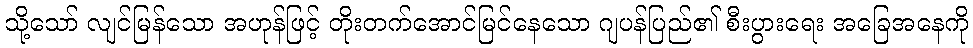
သို့သော် လျင်မြန်သော အဟုန်ဖြင့် တိုးတက်အောင်မြင်နေသော ဂျပန်ပြည်၏ စီးပွားရေး အခြေအနေကို